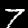
Digit: 7